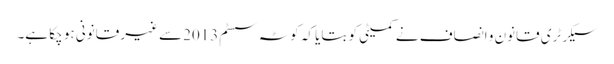
سیکرٹری قانون و انصاف نے کمیٹی کو بتایا کہ کوٹہ سسٹم2013سے غیر قانونی ہو چکا ہے۔